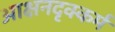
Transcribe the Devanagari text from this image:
आक्षनदृक्कर्म